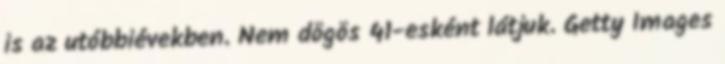
is az utóbbiévekben. Nem dögös 41-esként látjuk. Getty Images